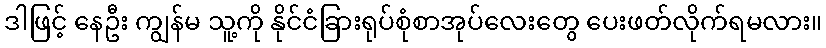
ဒါဖြင့် နေဦး ကျွန်မ သူ့ကို နိုင်ငံခြားရုပ်စုံစာအုပ်လေးတွေ ပေးဖတ်လိုက်ရမလား။